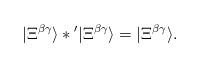
LaTeX: \begin{align*}|\Xi^{\beta\gamma}\rangle *{}'|\Xi^{\beta\gamma}\rangle=|\Xi^{\beta\gamma}\rangle.\end{align*}